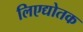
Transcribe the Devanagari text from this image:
लिएद्योतक